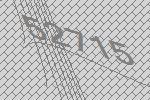
52715